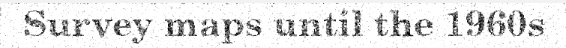
Survey maps until the 1960s